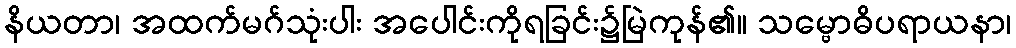
နိယတာ၊ အထက်မဂ်သုံးပါး အပေါင်းကိုရခြင်း၌မြဲကုန်၏။ သမ္ဗောဓိပရာယနာ၊